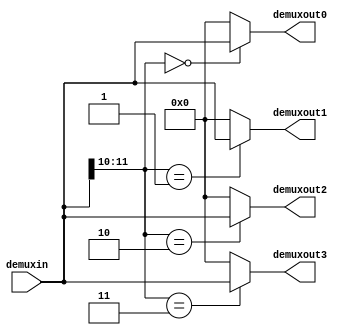
module demuxC1 (
    input [11:0] demuxin,
    output reg [11:0] demuxout0, demuxout1, demuxout2, demuxout3);

always @(*) begin
    if (demuxin[11:10] == 2'b00) demuxout0 = demuxin;
    else demuxout0 = 0;

    if (demuxin[11:10] == 2'b01) demuxout1 = demuxin;
    else demuxout1 = 0;

    if (demuxin[11:10] == 2'b10) demuxout2 = demuxin;
    else demuxout2 = 0;

    if (demuxin[11:10] == 2'b11) demuxout3 = demuxin;
    else demuxout3 = 0;
end
endmodule